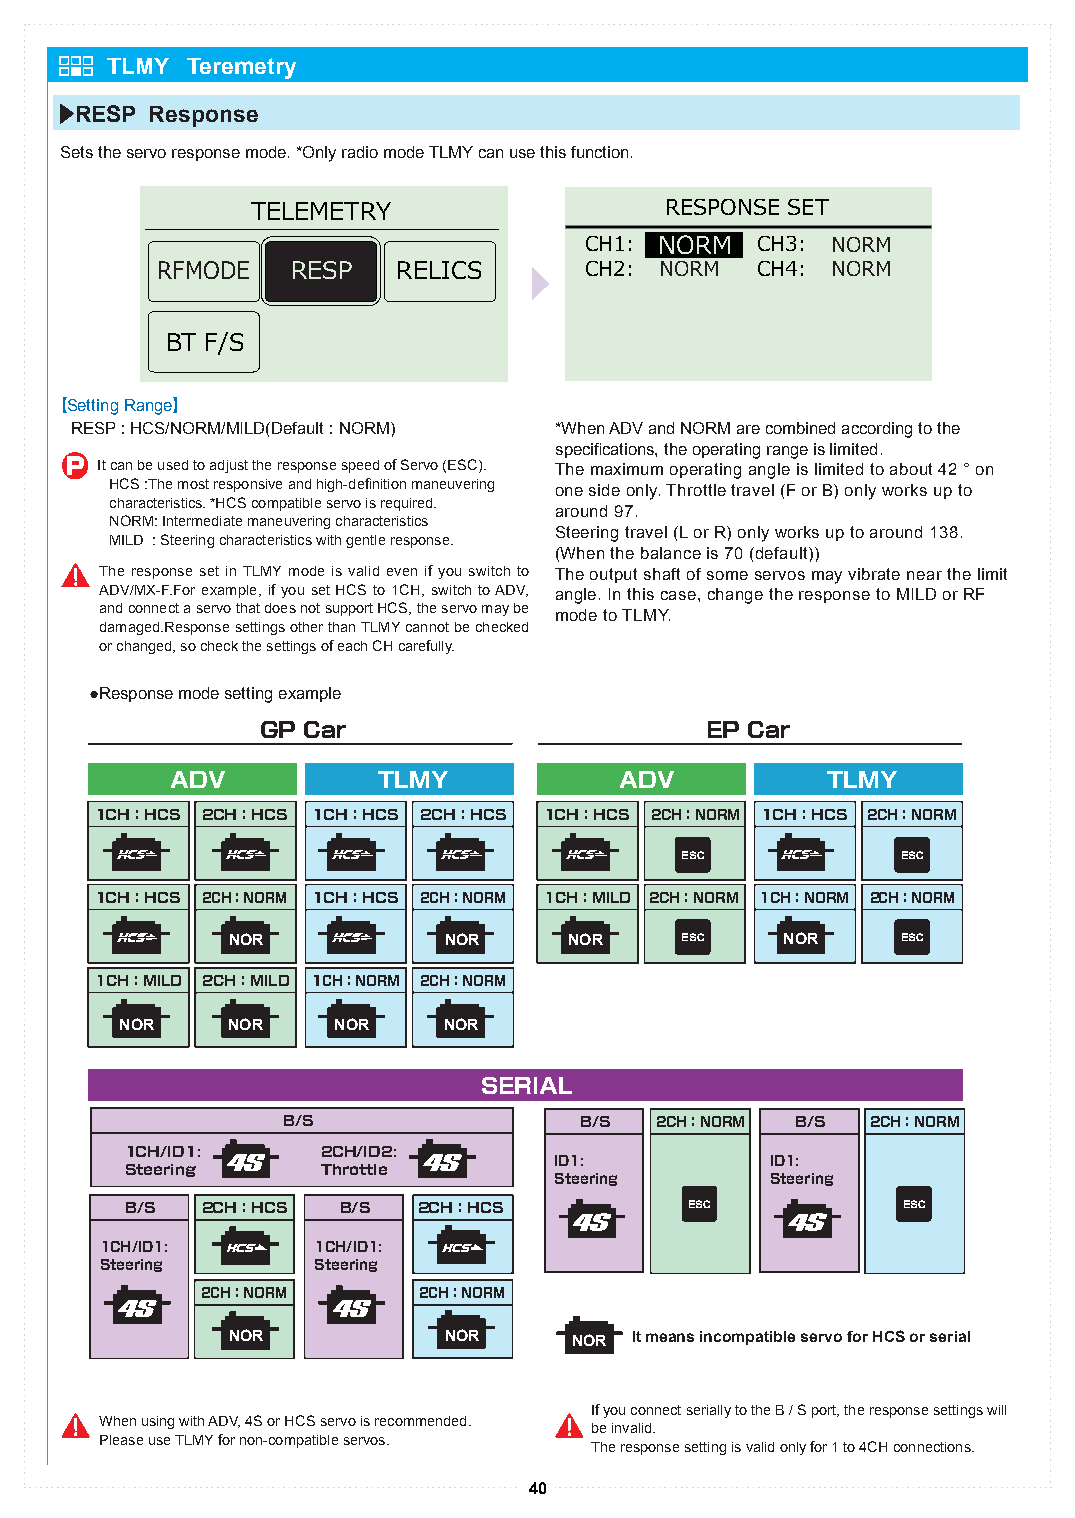
TLMY Teremetry
 RESP Response
 Sets the servo response mode. *Only radio mode TLMY can use this function.
 TELEMETRY
 TIMREESRP TOIタMNイSEREマ SーET
 CTIHM1E:R SNTOARRTM CH3: NORM
 RFMODE   RESP   RELICS       CTRHG2: STANROTRM CH4: NORM
 LAP HISTORY
 START/STOP KEY OFF
 BT F/S                      LAP KEY     OFF
 Setting Range
 RESP : HCS/NORM/MILD(Default : NORM) *When ADV and NORM are combined according to the
 specifications, the operating range is limited.
 P It can be used to adjust the response speed of Servo (ESC). The maximum operating angle is limited to about 42 ° on
 HCS :The most responsive and high-definition maneuvering one side only. Throttle travel (F or B) only works up to
 characteristics. *HCS compatible servo is required.
 around 97.
 NORM: Intermediate maneuvering characteristics
 Steering travel (L or R) only works up to around 138.
 MILD : Steering characteristics with gentle response.
 (When the balance is 70 (default))
 The response set in TLMY mode is valid even if you switch to The output shaft of some servos may vibrate near the limit
 ADV/MX-F.For example, if you set HCS to 1CH, switch to ADV, angle. In this case, change the response to MILD or RF
 and connect a servo that does not support HCS, the servo may be
 mode to TLMY.
 damaged.Response settings other than TLMY cannot be checked
 or changed, so check the settings of each CH carefully.
 ●Response mode setting example
 GP Car                        EP Car
 ADV           TLMY            ADV           TLMY
 1CH：HCS 2CH：HCS 1CH：HCS 2CH：HCS 1CH：HCS 2CH：NORM 1CH：HCS 2CH：NORM
 ESC            ESC
 1CH：HCS 2CH：NORM 1CH：HCS 2CH：NORM 1CH：MILD 2CH：NORM 1CH：NORM 2CH：NORM
 NOR           NOR      NOR    ESC    NOR     ESC
 1CH：MILD 2CH：MILD 1CH：NORM 2CH：NORM
 NOR    NOR    NOR    NOR
 SERIAL
 B/S                B/S  2CH：NORM  B/S  2CH：NORM
 1CH/ID1:     2CH/ID2:
 ID1:          ID1:
 Steering     Throttle
 Steering      Steering
 B/S  2CH：HCS  B/S   2CH：HCS           ESC           ESC
 1CH/ID1:      1CH/ID1:
 Steering      Steering
 2CH：NORM       2CH：NORM
 NOR           NOR      NOR It means incompatible servo for HCS or serial
 If you connect serially to the B / S port, the response settings will
 When using with ADV, 4S or HCS servo is recommended.
 be invalid.
 Please use TLMY for non-compatible servos.
 The response setting is valid only for 1 to 4CH connections.
 40